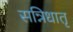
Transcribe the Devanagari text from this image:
सन्निधातृ